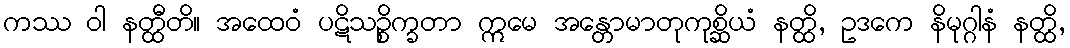
ကဿ ဝါ နတ္ထီတိ။ အထေဝံ ပဋိသဉ္စိက္ခတာ ဣမေ အန္တောမာတုကုစ္ဆိယံ နတ္ထိ, ဥဒကေ နိမုဂ္ဂါနံ နတ္ထိ,